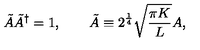
\tilde { A } \tilde { A } ^ { \dagger } = 1 , \qquad \tilde { A } \equiv 2 ^ { \frac { 1 } { 4 } } \sqrt { \frac { \pi K } { L } } A ,